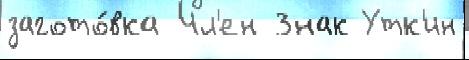
загото́вка Чл'ен Знак Утк'ин